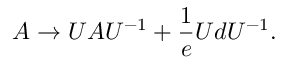
A \rightarrow U A U ^ { - 1 } + \frac { 1 } { e } U d U ^ { - 1 } .